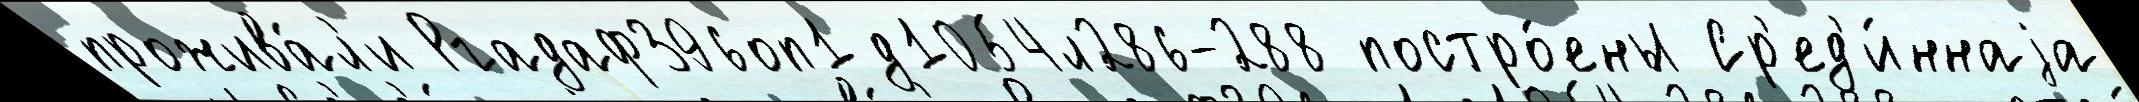
прожива́л'и Ргадаф396оп1д1054л286-288 постро́ены Ср'ед'и́ннаjа